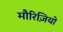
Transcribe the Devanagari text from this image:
मौरिज़ियो